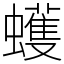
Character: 蠖